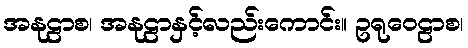
အနုဠာစ၊ အနုဠာနှင့်လည်းကောင်း။ ဥရုဝေဠာစ၊